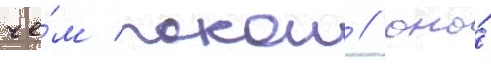
че́м покои / оно́